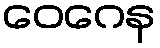
ဝေဂေန